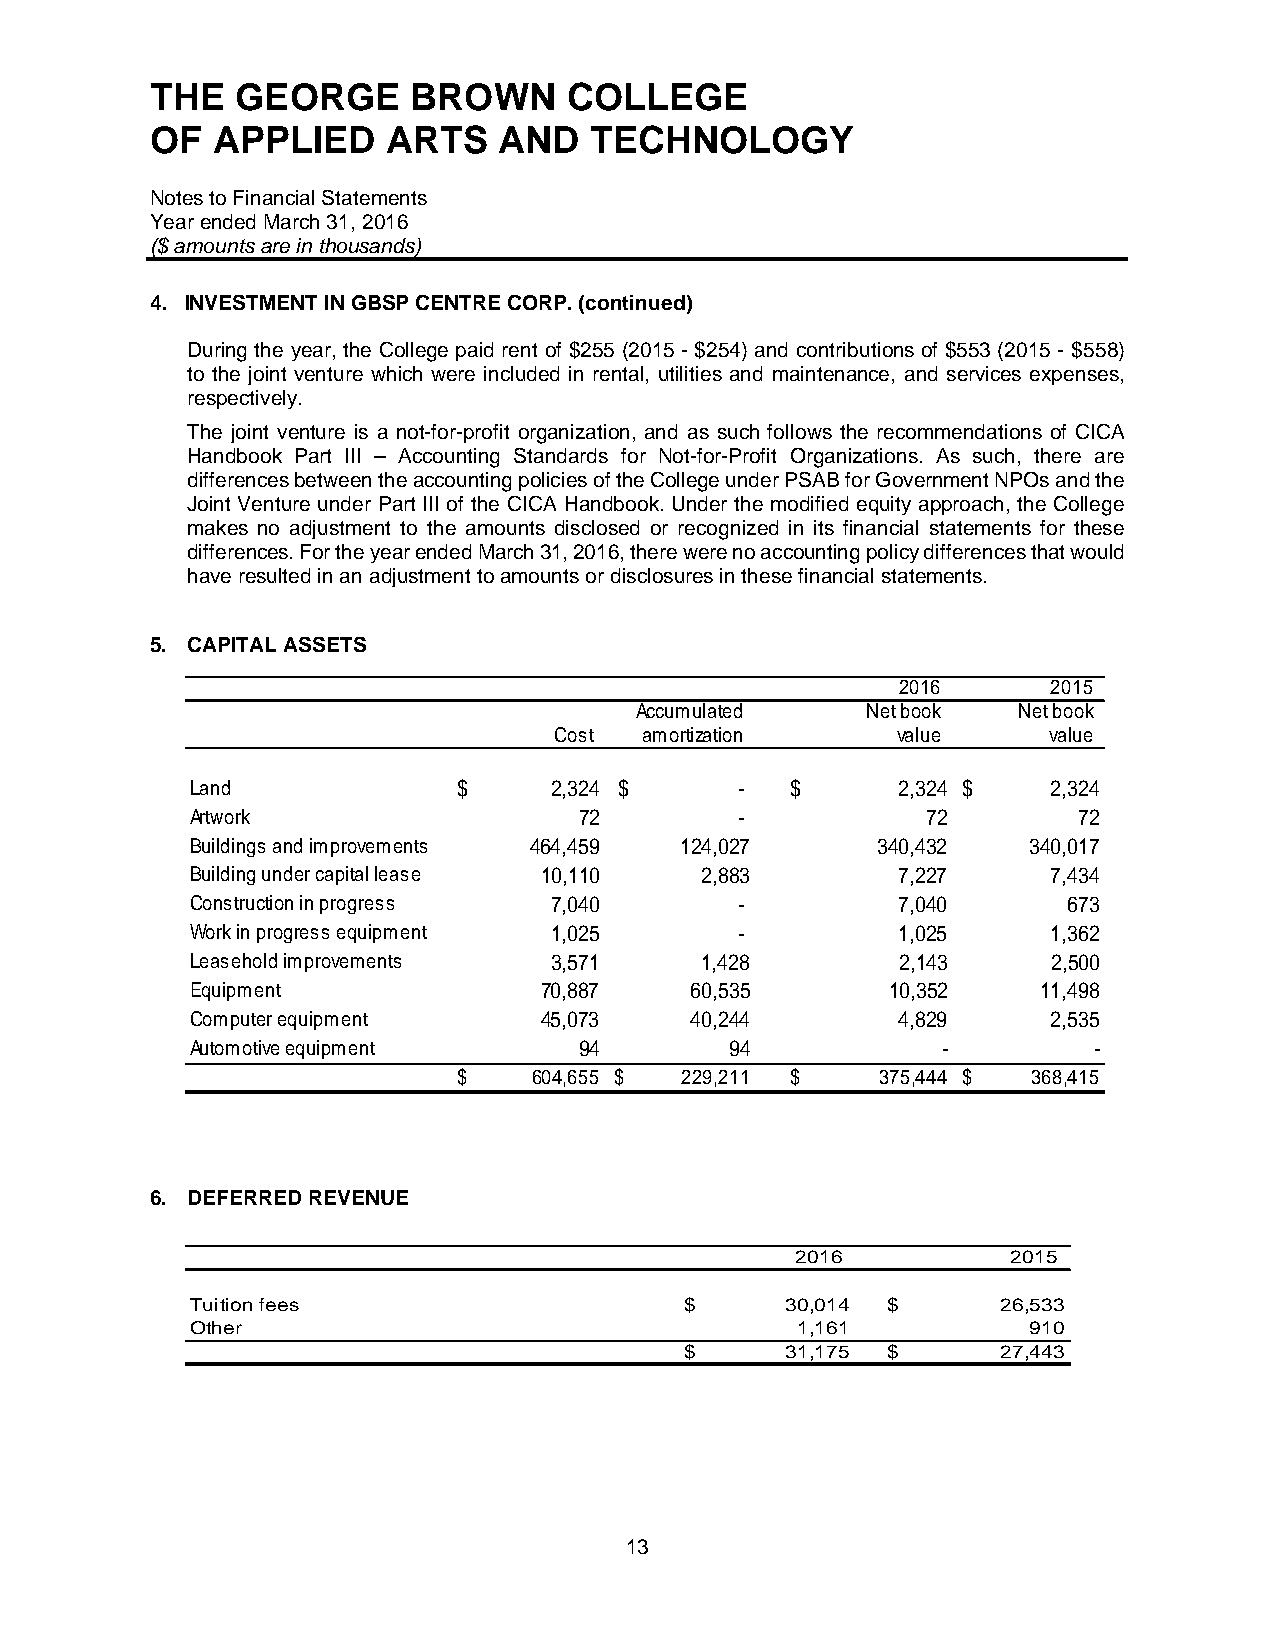
THE   GEORGE     BROWN      COLLEGE
 OF  APPLIED     ARTS   AND   TECHNOLOGY
 Notes to Financial Statements
 Year ended March 31, 2016
 ($ amounts are in thousands)
 4. INVESTMENT IN GBSP CENTRE CORP. (continued)
 During the year, the College paid rent of $255 (2015 - $254) and contributions of $553 (2015 - $558)
 to the joint venture which were included in rental, utilities and maintenance, and services expenses,
 respectively.
 The joint venture is a not-for-profit organization, and as such follows the recommendations of CICA
 Handbook Part III – Accounting Standards for Not-for-Profit Organizations. As such, there are
 differences between the accounting policies of the College under PSAB for Government NPOs and the
 Joint Venture under Part III of the CICA Handbook. Under the modified equity approach, the College
 makes no adjustment to the amounts disclosed or recognized in its financial statements for these
 differences. For the year ended March 31, 2016, there were no accounting policy differences that would
 have resulted in an adjustment to amounts or disclosures in these financial statements.
 5. CAPITAL ASSETS
 2016      2015
 Accumulated    Net book  Net book
 Cost  amortization    value      value
 Land             $      2,324 $     -  $       2,324 $   2,324
 Artwork                  72         -           72        72
 Buildings and improvements 464,459 124,027   340,432   340,017
 Building under capital lease 10,110 2,883      7,227     7,434
 Construction in progress 7,040      -          7,040      673
 Work in progress equipment 1,025    -          1,025     1,362
 Leasehold improvements  3,571    1,428         2,143     2,500
 Equipment              70,887    60,535       10,352    11,498
 Computer equipment     45,073    40,244        4,829     2,535
 Automotive equipment     94        94            -         -
 $    6 04,655 $ 229,211 $   375,444 $ 368,415
 6. DEFERRED REVENUE
 2016          2015
 Tuition fees                    $      3 0,014 $     26,533
 Other                                   1,161          910
 $      3 1,175 $     27,443
 13